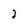
Character: 2